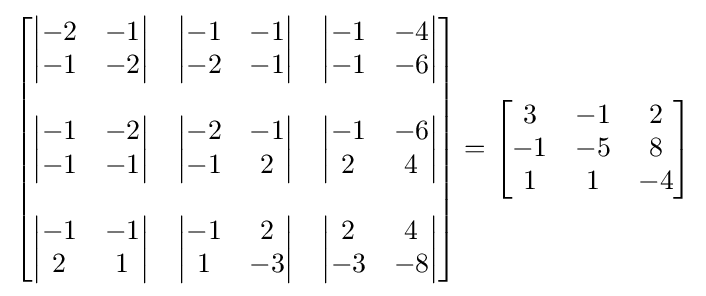
{\begin{bmatrix}{\begin{vmatrix}-2&-1\\-1&-2\end{vmatrix}}&{\begin{vmatrix}-1&-1\\-2&-1\end{vmatrix}}&{\begin{vmatrix}-1&-4\\-1&-6\end{vmatrix}}\\\\{\begin{vmatrix}-1&-2\\-1&-1\end{vmatrix}}&{\begin{vmatrix}-2&-1\\-1&2\end{vmatrix}}&{\begin{vmatrix}-1&-6\\2&4\end{vmatrix}}\\\\{\begin{vmatrix}-1&-1\\2&1\end{vmatrix}}&{\begin{vmatrix}-1&2\\1&-3\end{vmatrix}}&{\begin{vmatrix}2&4\\-3&-8\end{vmatrix}}\end{bmatrix}}={\begin{bmatrix}3&-1&2\\-1&-5&8\\1&1&-4\end{bmatrix}}